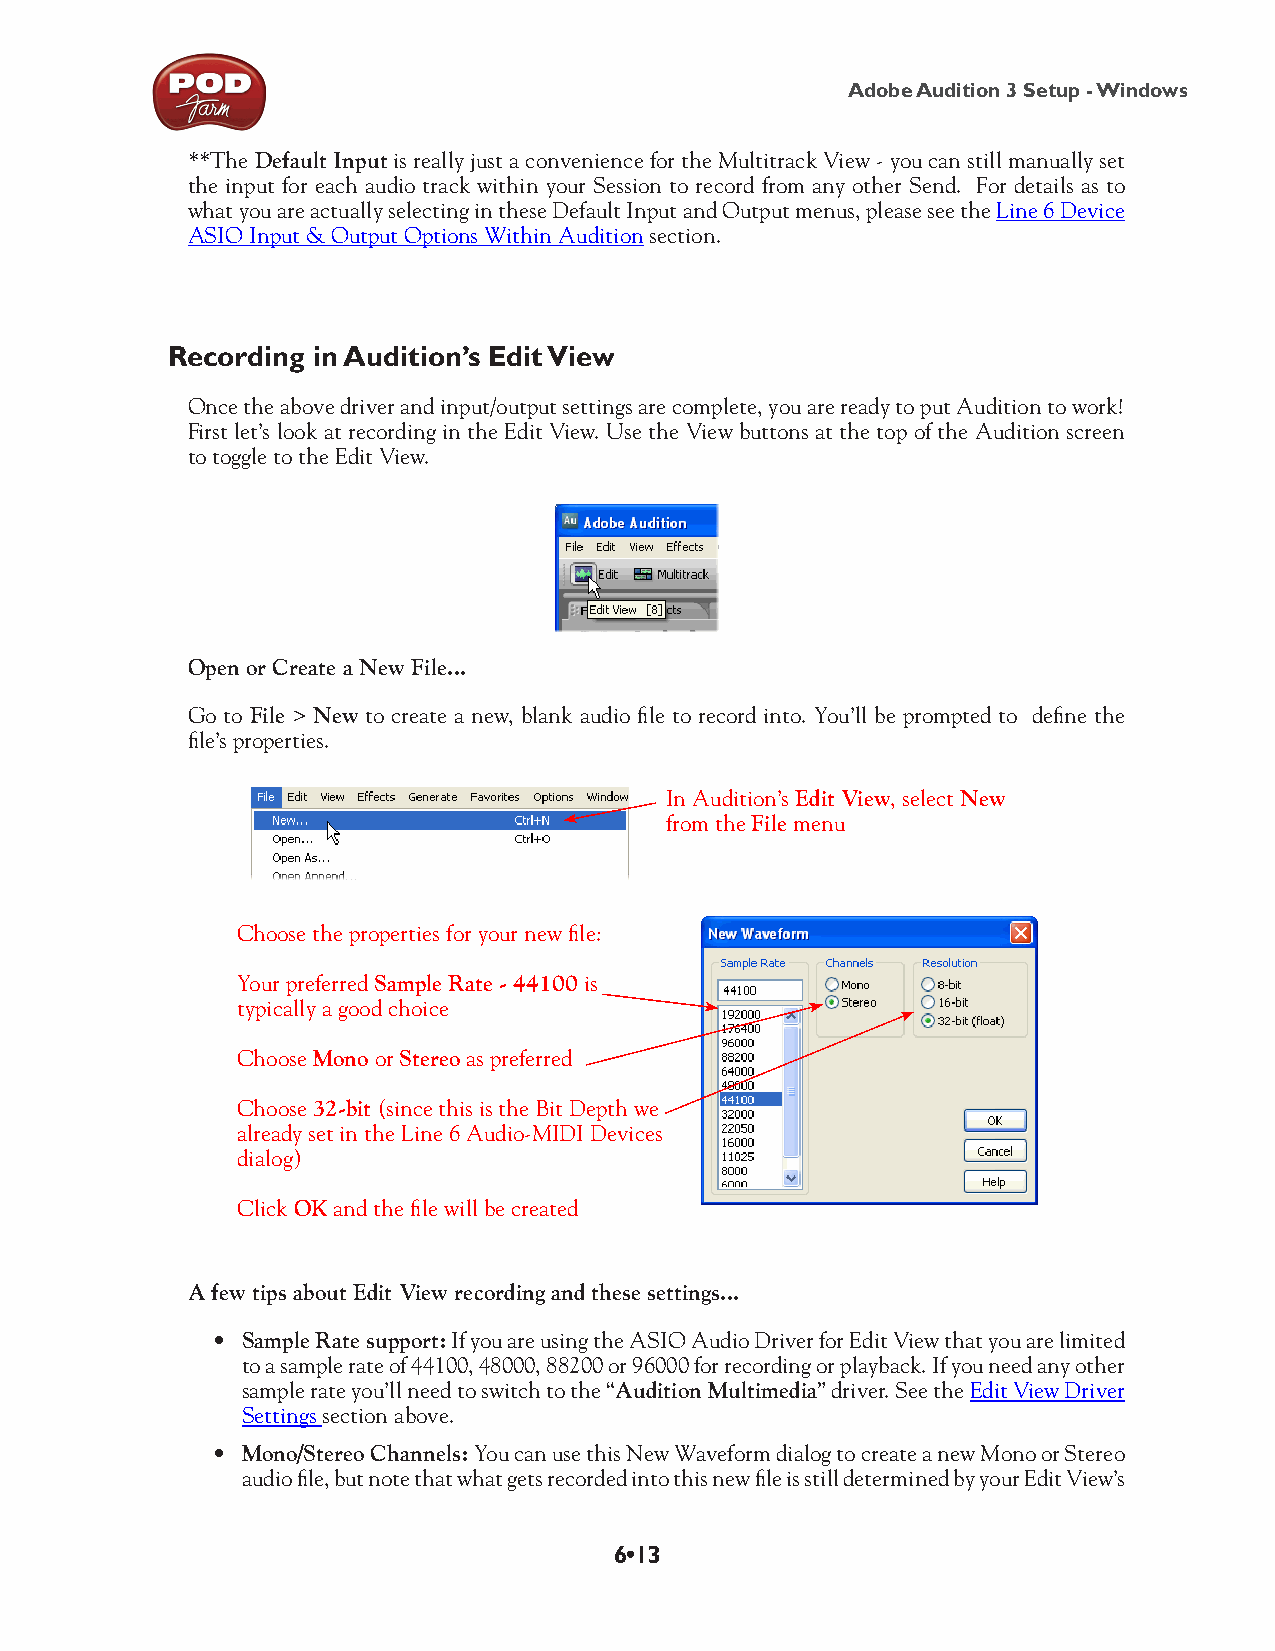
Adobe Audition 3 Setup - Windows
 **The Default Input is really just a convenience for the Multitrack View - you can still manually set
 the input for each audio track within your Session to record from any other Send. For details as to
 what you are actually selecting in these Default Input and Output menus, please see the Line 6 Device
 ASIO Input & Output Options Within Audition section.
 Recording in Audition’s Edit View
 Once the above driver and input/output settings are complete, you are ready to put Audition to work!
 First let’s look at recording in the Edit View. Use the View buttons at the top of the Audition screen
 to toggle to the Edit View.
 Open or Create a New File...
 Go to File > New to create a new, blank audio file to record into. You’ll be prompted to define the
 file’s properties.
 In Audition’s Edit View, select New
 from the File menu
 Choose the properties for your new file:
 Your preferred Sample Rate - 44100 is
 typically a good choice
 Choose Mono or Stereo as preferred
 Choose 32-bit (since this is the Bit Depth we
 already set in the Line 6 Audio-MIDI Devices
 dialog)
 Click OK and the file will be created
 A few tips about Edit View recording and these settings...
 • Sample Rate support: If you are using the ASIO Audio Driver for Edit View that you are limited
 to a sample rate of 44100, 48000, 88200 or 96000 for recording or playback. If you need any other
 sample rate you’ll need to switch to the “Audition Multimedia” driver. See the Edit View Driver
 Settings section above.
 • Mono/Stereo Channels: You can use this New Waveform dialog to create a new Mono or Stereo
 audio file, but note that what gets recorded into this new file is still determined by your Edit View’s
 6•13